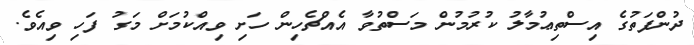
ދުންފަތުގެ އިސްތިޢުމާލު ކުރުމުން މަސްތުވާ އެއްޗެހިން ހަށި ވިއްކުމަށް މަގު ފަހި ވިއެވެ.